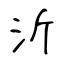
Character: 沂